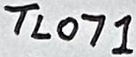
Text: TL071